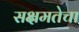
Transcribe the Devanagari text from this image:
सक्षमतेचा